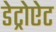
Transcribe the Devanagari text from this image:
डेट्रोऐट